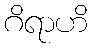
ဂိရာဟိ